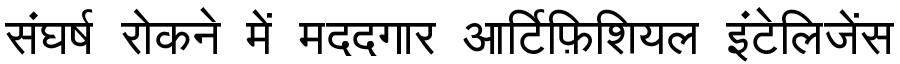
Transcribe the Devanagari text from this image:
संघर्ष रोकने में मददगार आर्टिफ़िशियल इंटेलिजेंस